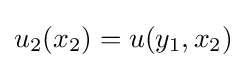
u_{2}(x_{2})=u(y_{1},x_{2})